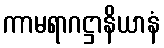
ကာမရာဂဋ္ဌာနိယာနံ